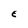
Character: E